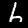
Label: 6